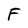
Character: F